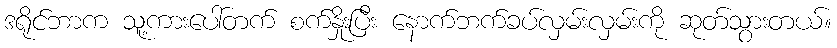
ဒရိုင်ဘာက သူ့ကားပေါ်တက် စက်နှိုးပြီး နောက်ဘက်ခပ်လှမ်းလှမ်းကို ဆုတ်သွားတယ်။